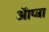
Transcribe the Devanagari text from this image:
ऑप्ट्रा